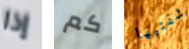
إذا كم شفتيها